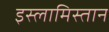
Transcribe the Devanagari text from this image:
इस्लामिस्तान